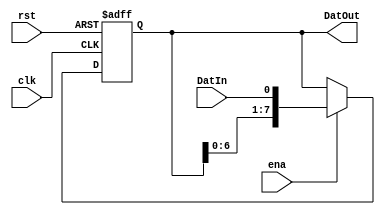
`timescale 1ns / 1ps

module ShiftRegSIPOIzq(clk, rst, ena, DatIn, DatOut);

//Registro de corrimientos Serial In, Parallel Out
//A como se va a acertar el Enable, va a leer del DatIn, y 
//los va mostrando de manera paralela por medio del DatOut

	parameter LARGO = 8;
	input clk, rst, ena, DatIn;
	output reg[LARGO-1:0]DatOut;

always @(negedge clk, posedge rst)
	if(rst)
		DatOut 	= 0;
	else if(ena)
		DatOut = {DatOut[LARGO-2:0], DatIn};
	else
		DatOut = DatOut;

endmodule